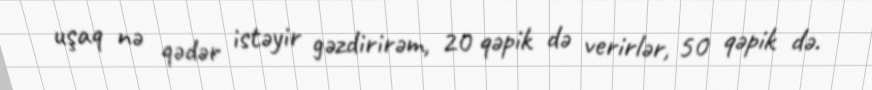
uşaq nə qədər istəyir gəzdirirəm, 20 qəpik də verirlər, 50 qəpik də.